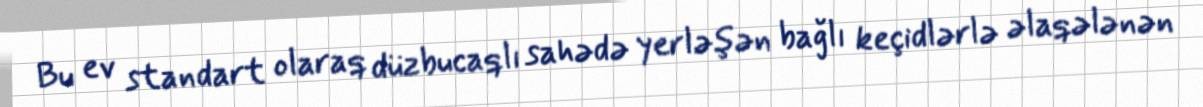
Bu ev standart olaraq düzbucaqlı sahədə yerləşən bağlı keçidlərlə əlaqələnən